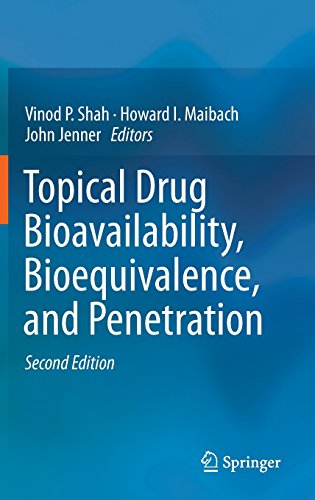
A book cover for Topical Drug Bioavailability, Bioequivalence, and Penetration; Science & Math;